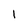
Character: 1